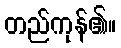
တည်ကုန်၏။